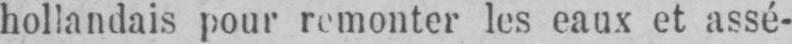
hollandais pour remonter les eaux et assé-